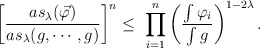
\begin{align*}\left[ \frac{as_{\lambda} (\vec \varphi) }{ as_{\lambda} (g, \cdots, g) } \right]^{n} \leq \ \prod_{i=1}^n \left( \frac{ \int \varphi_i}{ \int g} \right)^{1 -2 \lambda} .\end{align*}